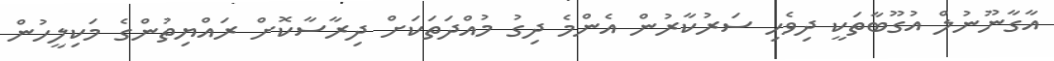
އާގާނޫނުލް އުގޫބާތަކީ ދިވެހި ސަރުކާރުން އެންމެ ދިގު މުއްދަތަކަށް ދިރާސާކޮށް ރައްޔިތުންގެ މަކިލީހުން